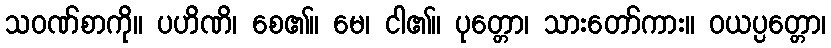
သဝဏ်စာကို။ ပဟိဏိ၊ စေ၏။ မေ၊ ငါ၏။ ပုတ္တော၊ သားတော်ကား။ ဝယပ္ပတ္တော၊